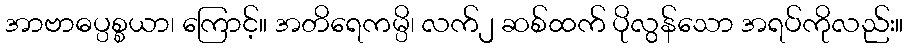
အာဗာဓပ္ပစ္စယာ၊ ကြောင့်။ အတိရေကမ္ပိ၊ လက်၂ ဆစ်ထက် ပိုလွန်သော အရပ်ကိုလည်း။